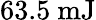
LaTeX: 63.5\ \mathrm{mJ}